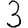
Digit: 3